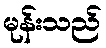
မုန်းသည်